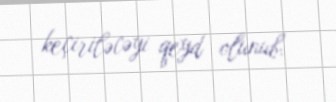
keçiriləcəyi qeyd olunub.